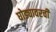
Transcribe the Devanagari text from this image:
घोड्यावरची